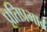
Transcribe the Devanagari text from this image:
प्रतिप्रभाव